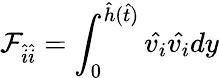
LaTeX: \mathcal{F}_{\hat{i}\hat{i}}=\int_{0}^{\hat{h}(\hat{t})}\hat{v_{i}}\hat{v_{i}}dy